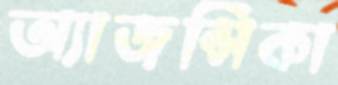
অ্যাজন্সিকা